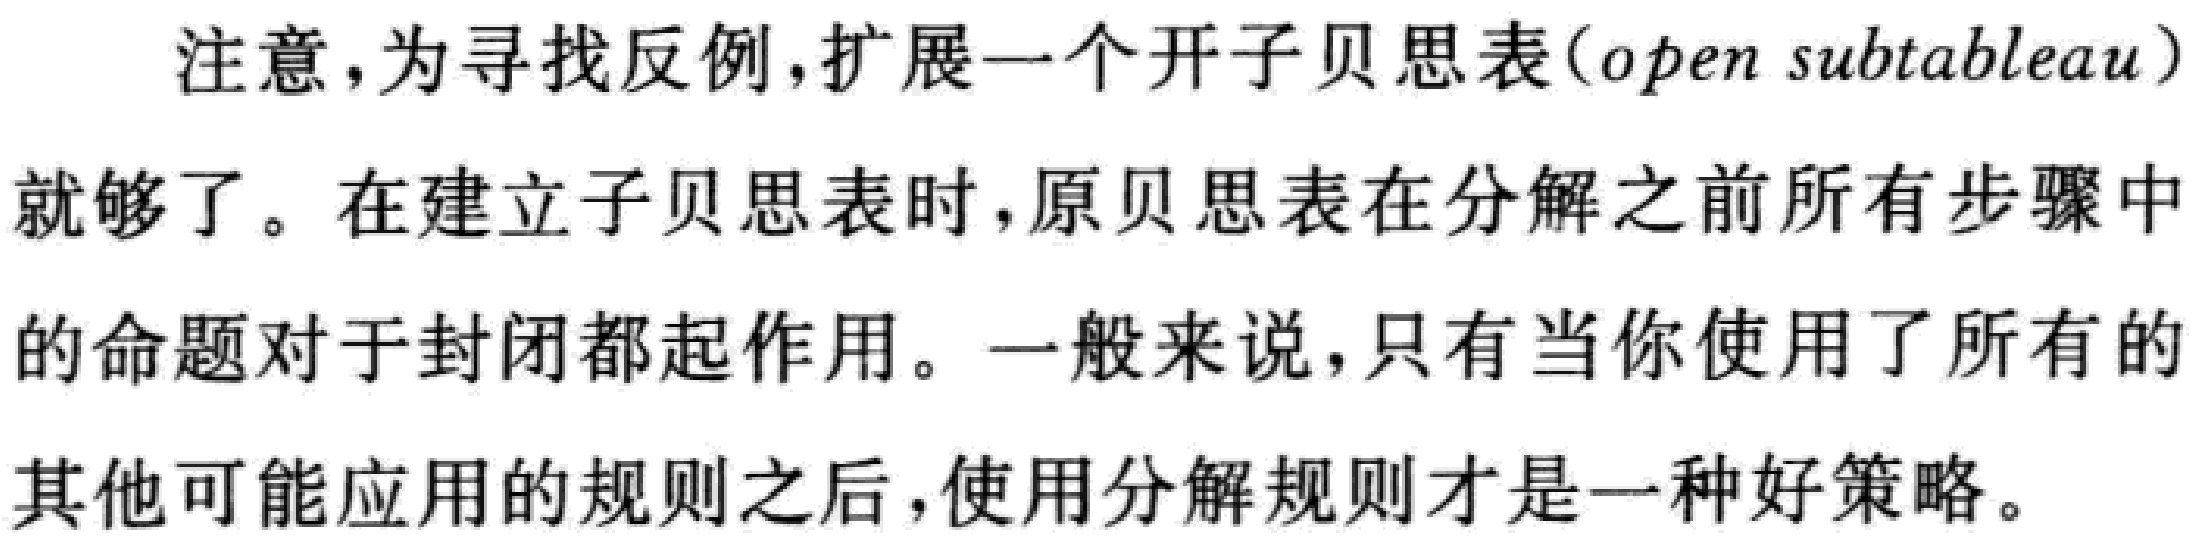
注意，为寻找反例,扩展一个开子贝思表(\(open\ subtableau\))就够了。在建立子贝思表时，原贝思表在分解之前所有步骤中的命题对于封闭都起作用。一般来说，只有当你使用了所有的其他可能应用的规则之后，使用分解规则才是一种好策略。